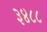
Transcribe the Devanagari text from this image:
३४८८